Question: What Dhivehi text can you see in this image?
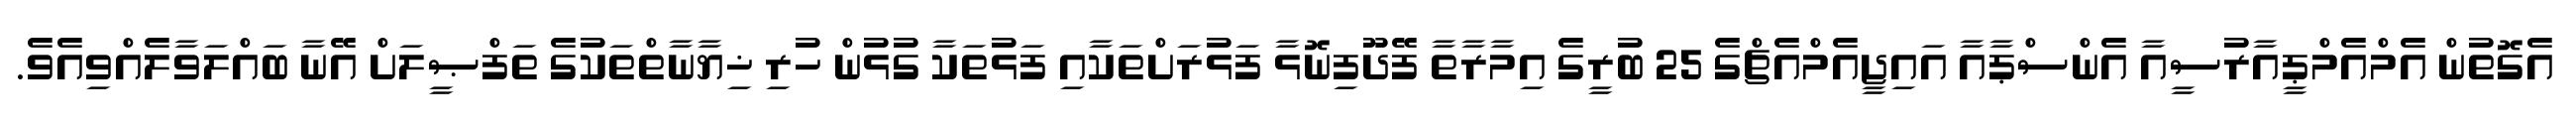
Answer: އެގޮތުން އެމްއެމްޕީއާރުސީއާ އެންސްޕާއާ އައިޖީއެމްއެޗްގެ 25 ބުރީގެ އިމާރާތާ ފޭދޫފިނޮޅާ ފަޅުރަށްތަކާއި ފަޅުތަކާ ގުޅުން ހުރި ޚިޔާނާތްތަކުގެ ތަފްޞީލަށް އޭނާ ބައްލަވާލެއްވިއެވެ.